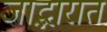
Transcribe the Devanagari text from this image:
जाद्भारात